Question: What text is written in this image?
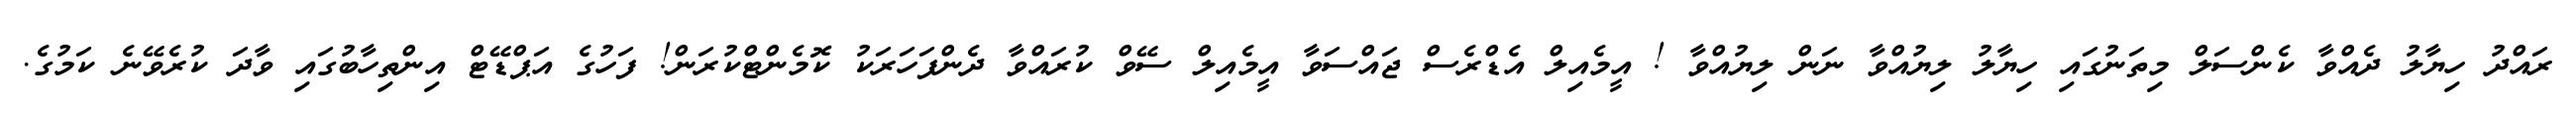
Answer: ރައްދު ހިޔާލު ދެއްވާ ކެންސަލް މިތަނުގައި ހިޔާލު ލިޔުއްވާ ނަން ލިޔުއްވާ ! އީމެއިލް އެޑްރެސް ޖައްސަވާ އީމެއިލް ސޭވް ކުރައްވާ ދެންފަހަރަކު ކޮމެންޓްކުރަން! ފަހުގެ އަޕްޑޭޓް އިންތިހާބުގައި ވާދަ ކުރެވޭނެ ކަމުގެ.